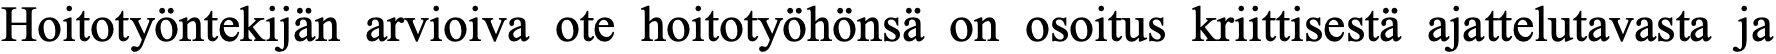
Hoitotyöntekijän arvioiva ote hoitotyöhönsä on osoitus kriittisestä ajattelutavasta ja